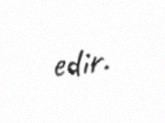
edir.